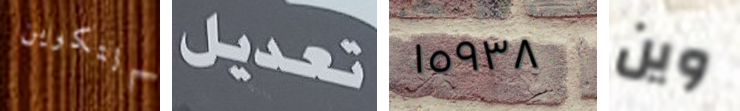
التكوين تعديل ١٥٩٣٨ وين